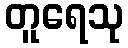
တူရေသု